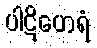
ပါဋိဟေရံ